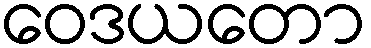
ဝေဒယတော